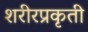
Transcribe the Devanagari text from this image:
शरीरप्रकृती